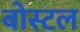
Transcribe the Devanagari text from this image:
बोस्टल